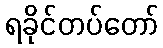
ရခိုင်တပ်တော်